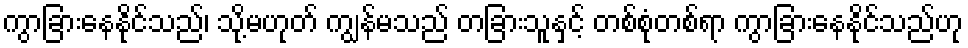
ကွာခြားနေနိုင်သည်၊ သို့မဟုတ် ကျွန်မသည် တခြားသူနှင့် တစ်စုံတစ်ရာ ကွာခြားနေနိုင်သည်ဟု